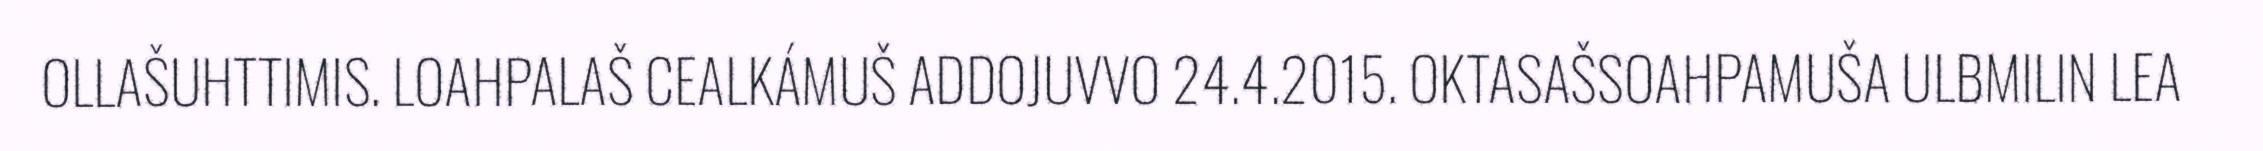
OLLAŠUHTTIMIS. LOAHPALAŠ CEALKÁMUŠ ADDOJUVVO 24.4.2015. OKTASAŠSOAHPAMUŠA ULBMILIN LEA